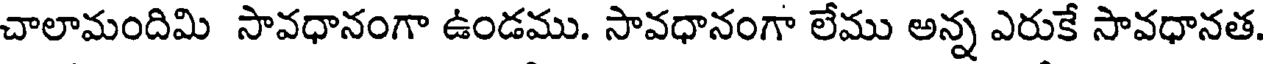
చాలామందిమి సావధానంగా ఉండము. సావధానంగా లేము అన్న ఎరుకే సావధానత